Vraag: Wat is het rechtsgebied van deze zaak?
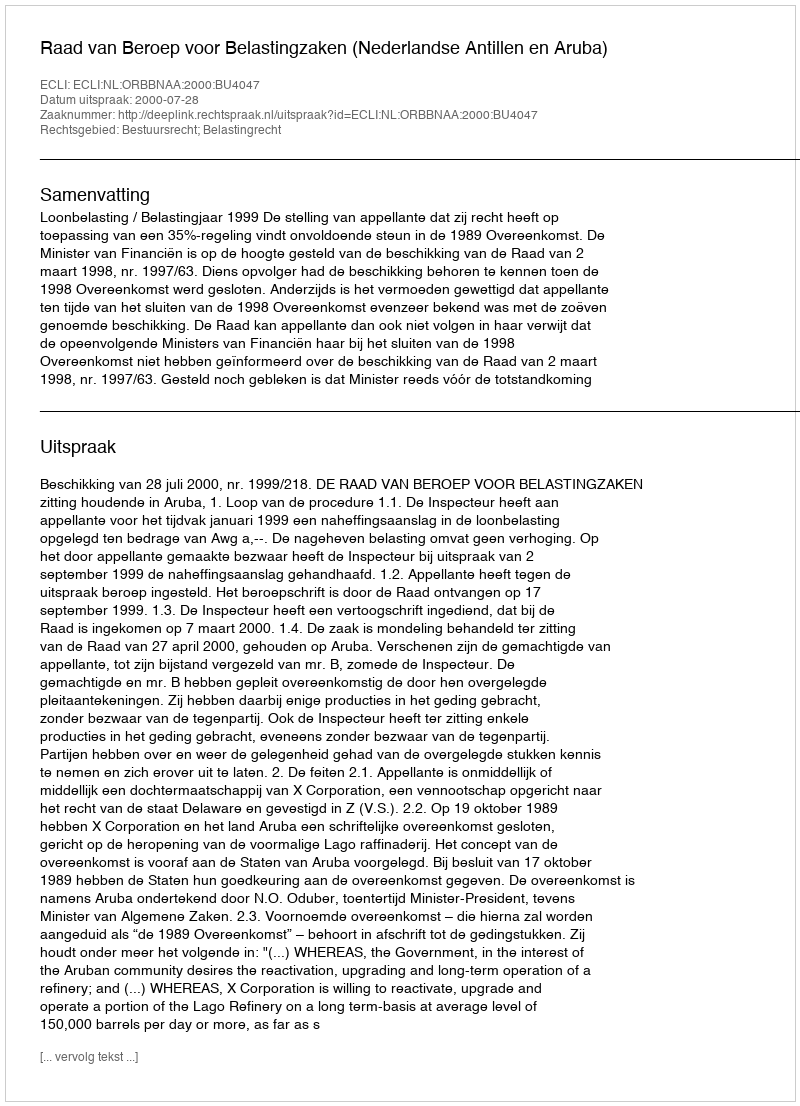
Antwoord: Bestuursrecht; Belastingrecht